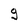
Character: g